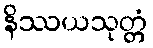
နိဿယသုတ္တံ